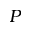
P